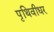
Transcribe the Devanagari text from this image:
पृथिवीधर